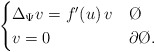
\begin{align*}\begin{cases} \Delta_{\Psi} v = f'(u) \, v & \O \\ v = 0 & \partial \O.\end{cases}\end{align*}